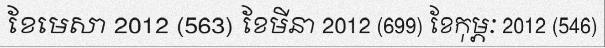
ខែមេសា 2012 (563) ខែមីនា 2012 (699) ខែកុម្ភៈ 2012 (546)